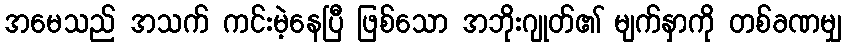
အမေသည် အသက် ကင်းမဲ့နေပြီ ဖြစ်သော အဘိုးဂျုတ်၏ မျက်နှာကို တစ်ခဏမျှ